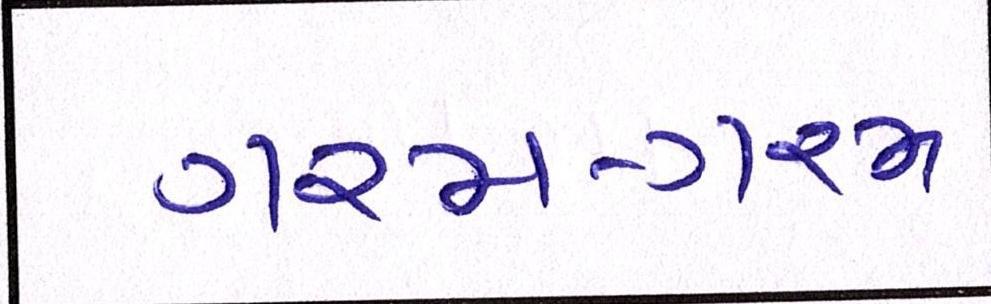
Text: ગરમ-ગરમ